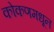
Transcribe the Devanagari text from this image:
कोकणमधून